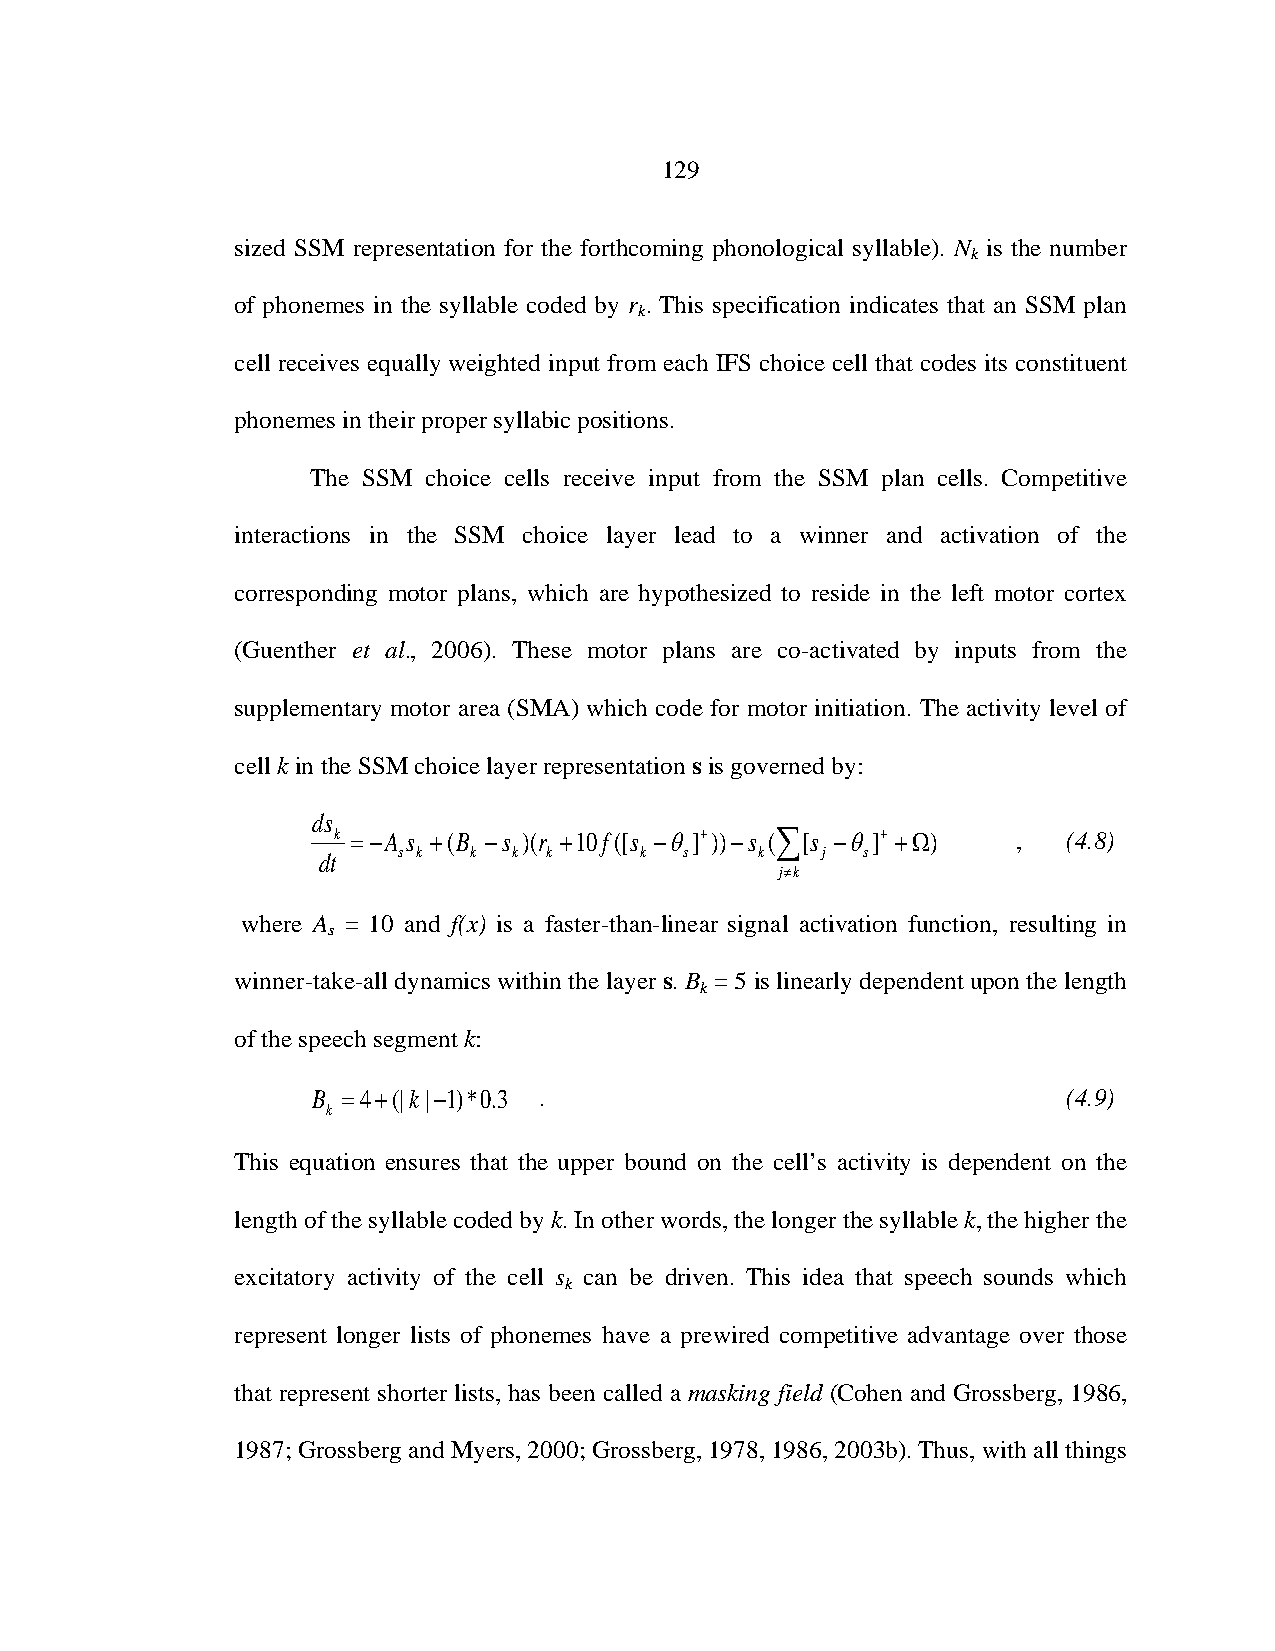
129
 sized SSM representation for the forthcoming phonological syllable). N is the number
 k
 of phonemes in the syllable coded by r . This specification indicates that an SSM plan
 k
 cell receives equally weighted input from each IFS choice cell that codes its constituent
 phonemes in their proper syllabic positions.
 The SSM choice cells receive input from the SSM plan cells. Competitive
 interactions in the SSM choice layer lead to a winner and activation of the
 corresponding motor plans, which are hypothesized to reside in the left motor cortex
 (Guenther et al., 2006). These motor plans are co-activated by inputs from the
 supplementary motor area (SMA) which code for motor initiation. The activity level of
 cell k in the SSM choice layer representation s is governed by:
 ds
 k =−A s +(B −s )(r +10f([s −θ]+))−s (∑[s −θ]+ +Ω) , (4.8)
 dt   s k  k  k k     k  s    k   j  s
 j≠k
 where A = 10 and f(x) is a faster-than-linear signal activation function, resulting in
 s
 winner-take-all dynamics within the layer s. B = 5 is linearly dependent upon the length
 k
 of the speech segment k:
 B =4+(|k|−1)*0.3 .                                (4.9)
 k
 This equation ensures that the upper bound on the cell’s activity is dependent on the
 length of the syllable coded by k. In other words, the longer the syllable k, the higher the
 excitatory activity of the cell s can be driven. This idea that speech sounds which
 k
 represent longer lists of phonemes have a prewired competitive advantage over those
 that represent shorter lists, has been called a masking field (Cohen and Grossberg, 1986,
 1987; Grossberg and Myers, 2000; Grossberg, 1978, 1986, 2003b). Thus, with all things